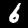
Label: 6